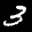
Label: 3